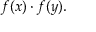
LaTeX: f ( x ) \cdot f ( y ) .